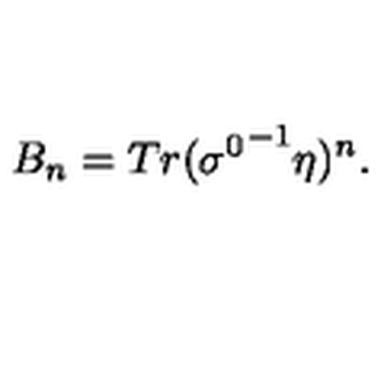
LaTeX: B _ { n } = T r ( { \sigma ^ { 0 } } ^ { - 1 } \eta ) ^ { n } .